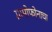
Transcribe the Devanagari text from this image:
ग्रामोफोनाचा